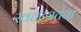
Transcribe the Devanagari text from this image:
स्वतन्त्रतया